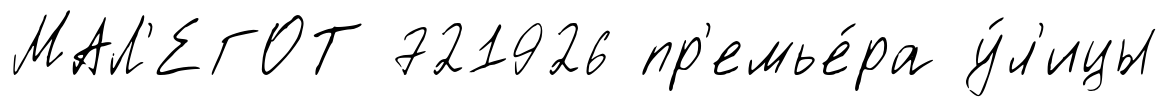
МАЛ'ЕГОТ 721926 пр'емье́ра у́л'ицы